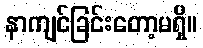
နာကျင်ခြင်းတော့မရှိ။